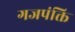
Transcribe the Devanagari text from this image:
गजपंक्ति